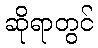
ဆိုရာတွင်